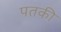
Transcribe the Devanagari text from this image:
पतकी